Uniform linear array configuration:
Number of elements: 16
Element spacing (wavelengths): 0.5
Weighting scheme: exponential
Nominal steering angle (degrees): -60
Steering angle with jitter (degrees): -59.791
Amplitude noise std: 0.05
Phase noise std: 0.05

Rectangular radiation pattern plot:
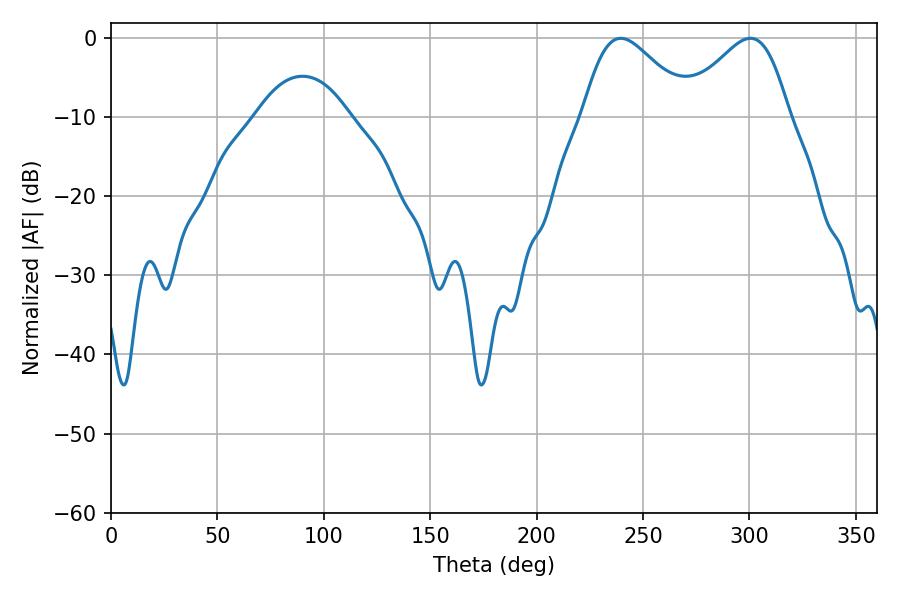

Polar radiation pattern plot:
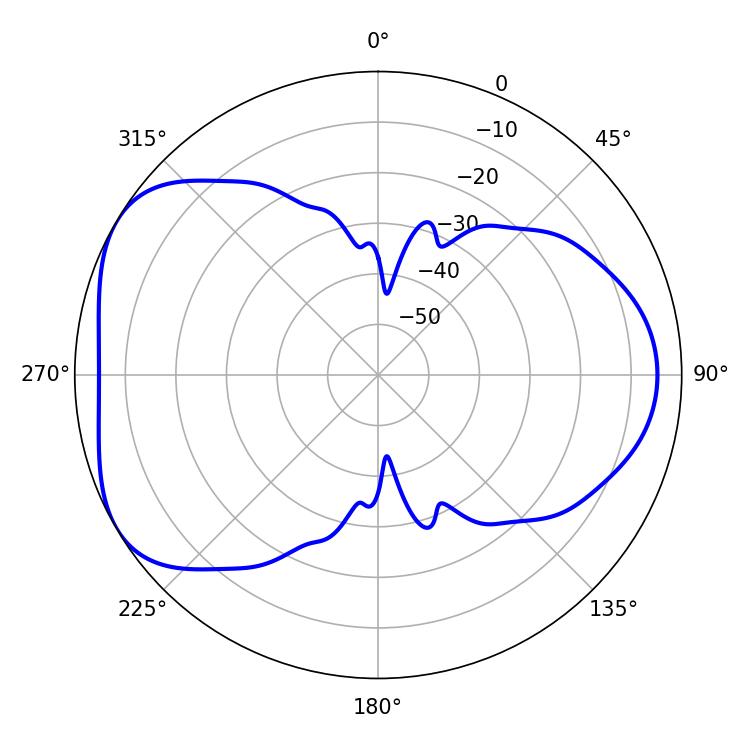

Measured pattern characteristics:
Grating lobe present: FALSE
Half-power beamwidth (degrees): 26.46
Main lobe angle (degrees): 239.58